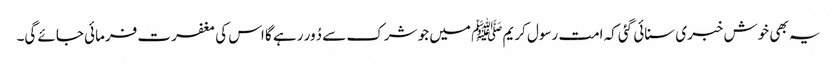
یہ بھی خوش خبری سنائی گئی کہ امت رسول کریم ﷺ میں جو شرک سے دُور رہے گا اس کی مغفرت فرمائی جائے گی۔